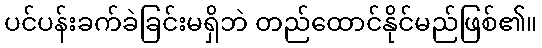
ပင်ပန်းခက်ခဲခြင်းမရှိဘဲ တည်ထောင်နိုင်မည်ဖြစ်၏။